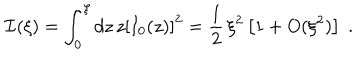
LaTeX: { \mathcal I } ( \xi ) = \int _ { 0 } ^ { \xi } d z \, z \left[ I _ { 0 } ( z ) \right] ^ { 2 } = \frac { 1 } { 2 } \, \xi ^ { 2 } \left[ 1 + O ( \xi ^ { 2 } ) \right] \; .